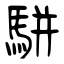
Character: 駢